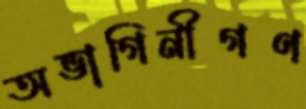
অভাগিনীগণ